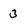
Character: 3